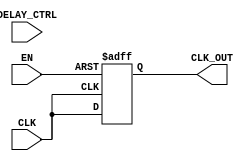
module DelayClockBuffer (
    input wire CLK,        // Input clock signal
    input wire EN,        // Enable signal
    input wire [3:0] DELAY_CTRL, // Delay control input (4-bit for 16 different delay settings)
    output reg CLK_OUT     // Output delayed clock signal
);

    // Parameters for delay definition (in simulation units)
    parameter DELAY_0 = 0;
    parameter DELAY_1 = 1;
    parameter DELAY_2 = 2;
    parameter DELAY_3 = 3;
    parameter DELAY_4 = 4;
    parameter DELAY_5 = 5;
    parameter DELAY_6 = 6;
    parameter DELAY_7 = 7;
    parameter DELAY_8 = 8;
    parameter DELAY_9 = 9;
    parameter DELAY_A = 10;
    parameter DELAY_B = 11;
    parameter DELAY_C = 12;
    parameter DELAY_D = 13;
    parameter DELAY_E = 14;
    parameter DELAY_F = 15;

    // Internal signals to handle the delayed clock
    reg [3:0] delay_count;

    // Clock generation with delay
    always @(posedge CLK or negedge EN) begin
        if (!EN) begin
            // If enable is low, hold the output stable, can choose to set either high or low
            CLK_OUT <= 1'b0;  // Output holds low when disabled
        end else begin
            case (DELAY_CTRL)
                4'b0000: delay_count = DELAY_0;
                4'b0001: delay_count = DELAY_1;
                4'b0010: delay_count = DELAY_2;
                4'b0011: delay_count = DELAY_3;
                4'b0100: delay_count = DELAY_4;
                4'b0101: delay_count = DELAY_5;
                4'b0110: delay_count = DELAY_6;
                4'b0111: delay_count = DELAY_7;
                4'b1000: delay_count = DELAY_8;
                4'b1001: delay_count = DELAY_9;
                4'b1010: delay_count = DELAY_A;
                4'b1011: delay_count = DELAY_B;
                4'b1100: delay_count = DELAY_C;
                4'b1101: delay_count = DELAY_D;
                4'b1110: delay_count = DELAY_E;
                4'b1111: delay_count = DELAY_F;
                default: delay_count = DELAY_0; // Default case
            endcase
            
            // Generate delayed output clock signal
            #delay_count CLK_OUT <= CLK; // Introduce specified delay to CLK_OUT
        end
    end

endmodule